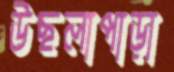
উছলাপাড়া